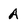
Character: A